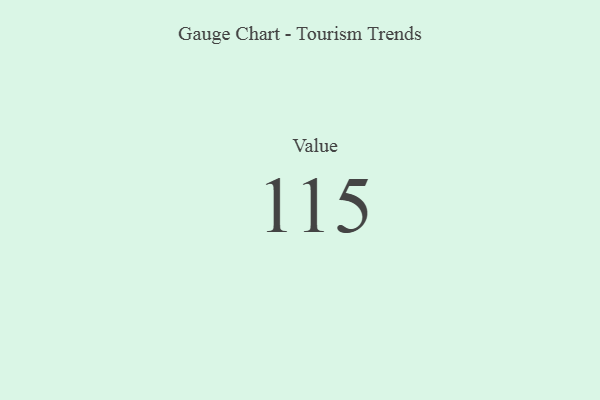
{"axis": {"x": "Metric", "y": "Value"}, "legend": [""], "data": [{"x": "Value", "y": 115, "type": ""}]}